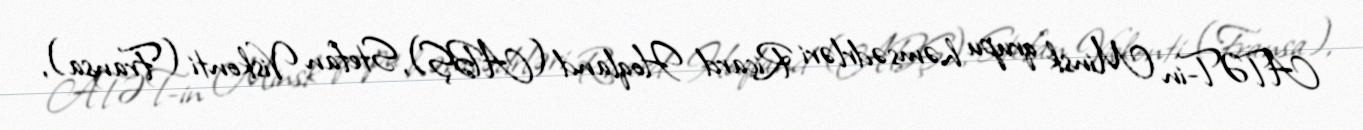
ATƏT-in Minsk qrupu həmsədrləri Riçard Hoqland (ABŞ), Stefan Viskonti (Fransa),